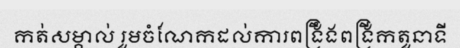
កត់សម្គាល់ រួមចំណែកដល់ការពង្រឹងពង្រីកតួនាទី